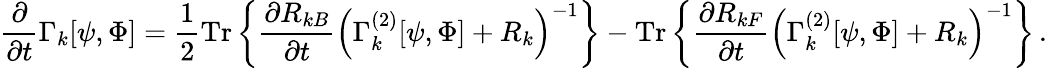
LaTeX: \frac{\partial}{\partial t}\Gamma_{k}[\psi,\Phi]=\frac{1}{2}\mathrm{Tr}\left\{ \frac{\partial R_{kB}}{\partial t}\left(\Gamma_{k}^{(2)}[\psi,\Phi]+R_{k}\right)^{-1}\right\} -\mathrm{Tr}\left\{ \frac{\partial R_{kF}}{\partial t}\left(\Gamma_{k}^{(2)}[\psi,\Phi]+R_{k}\right)^{-1}\right\} \, .